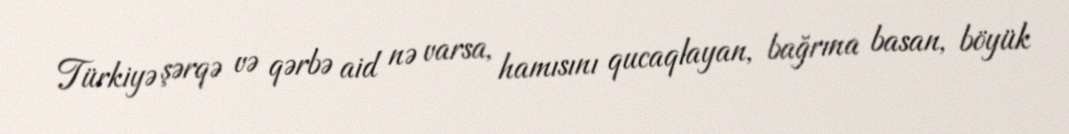
Türkiyə şərqə və qərbə aid nə varsa, hamısını qucaqlayan, bağrına basan, böyük